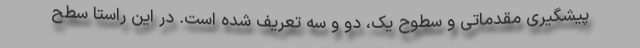
پیشگیری مقدماتی و سطوح یک، دو و سه تعریف شده است. در این راستا سطح